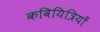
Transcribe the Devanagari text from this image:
कवियित्रियाँ